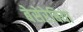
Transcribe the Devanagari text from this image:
बेसेरेबिया